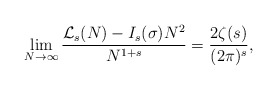
\begin{align*}\lim_{N\rightarrow\infty}\frac{\mathcal{L}_{s}(N)-I_{s}(\sigma) N^{2}}{N^{1+s}}=\frac{2\zeta(s)}{(2\pi)^{s}},\end{align*}